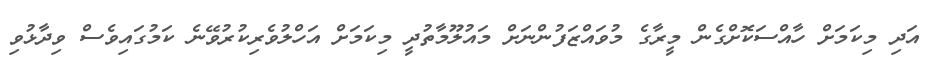
އަދި މިކަމަށް ހާއްސަކޮށްގެން މީރާގެ މުވައްޒަފުންނަށް މައުލޫމާތުދީ މިކަމަށް އަހްލުވެރިކުރުވޭނެ ކަމުގައިވެސް ވިދާޅުވި